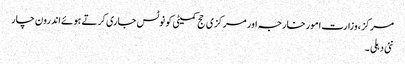
مرکز ، وزارت امور خارجہ اور مرکزی حج کمیٹی کو نوٹس جاری کرتے ہوئے اندرون چار
نئی دہلی ۔